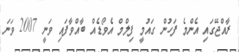
ރާއްޖޭގައި އެންމެ ފަހުން ގައުމީ ފިލްމް އެވޯޑެއް ބާއްވާފައި ވަނީ 2007 ވަނަ